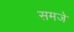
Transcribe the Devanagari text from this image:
समजे